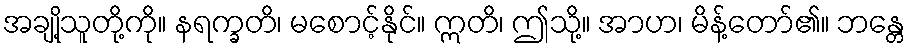
အချို့သူတို့ကို။ နရက္ခတိ၊ မစောင့်နိုင်။ ဣတိ၊ ဤသို့။ အာဟ၊ မိန့်တော်၏။ ဘန္တေ